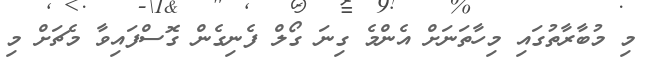
މި މުބާރާތުގައި މިހާތަނަށް އެންމެ ގިނަ ގޯލް ފެނިގެން ގޮސްފައިވާ މެޗަށް މި